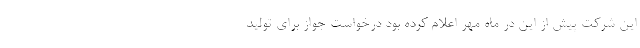
این شرکت پیش از این در ماه مهر اعلام کرده بود درخواست جواز برای تولید